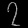
Digit: ၇